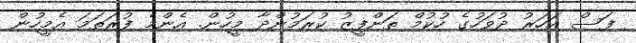
ފަސް އަހަރު ދުވަހުގެ ހުކުމް ތަންފީޒު ކުރަމުންދާ މީހުން. އެންމެ ފުރަތަމަ އެމީހުން